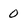
Character: 0